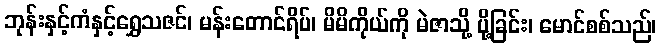
ဘုန်းနှင့်ကံနှင့်ရွှေသဇင်၊ မန်းတောင်ရိပ်၊ မိမိကိုယ်ကို မဲဇာသို့ ပို့ခြင်း၊ မောင်စစ်သည်၊